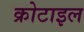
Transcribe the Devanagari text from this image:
क्रोटाइल